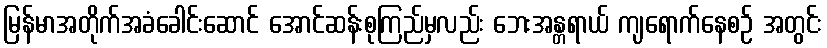
မြန်မာအတိုက်အခံခေါင်းဆောင် အောင်ဆန်းစုကြည်မှလည်း ဘေးအန္တရာယ် ကျရောက်နေစဉ် အတွင်း